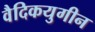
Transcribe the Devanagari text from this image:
वैदिकयुगीन